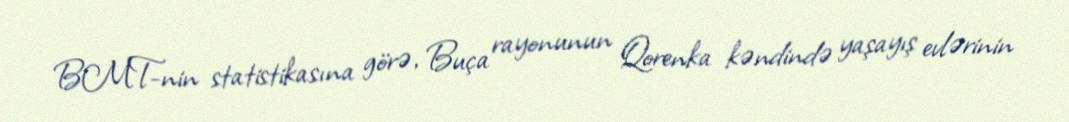
BMT-nin statistikasına görə, Buça rayonunun Qorenka kəndində yaşayış evlərinin